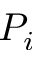
P _ { i }